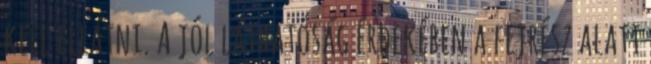
kell ellátni. A jól láthatóság érdekében a fejrész alatt